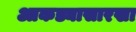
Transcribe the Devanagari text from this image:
आकड्यासारखा